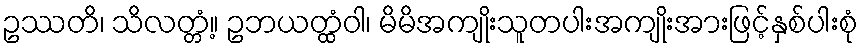
ဥဿတိ၊ သိလတ္တံ့။ ဥဘယတ္ထံဝါ၊ မိမိအကျိုးသူတပါးအကျိုးအားဖြင့်နှစ်ပါးစုံ